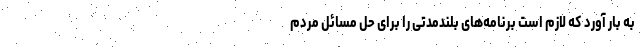
به بار آورد که لازم است برنامه‌های بلندمدتی را برای حل مسائل مردم